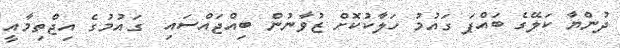
ދުންޔާ ކަލޭގެ ބައްޕަ ގައުމު ހަލާކުކޮށް ޒުވާނުން ބިއްޖައްސައި  ގައުމުގެ އިޖްތިމާއީ